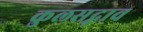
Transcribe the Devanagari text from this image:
कुलसद्भाव